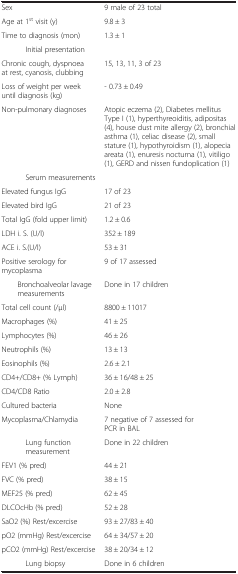
|  |  |
 | --- | --- |
 | Sex | 9 male of 23 total |
 | Age at 1st visit (y) | 9.8 ± 3 |
 | Time to diagnosis (mon) | 1.3 ± 1 |
 | Initial presentation |  |
 | Chronic cough, dyspnoea at rest, cyanosis, clubbing | 15, 13, 11, 3 of 23 |
 | Loss of weight per week until diagnosis (kg) | - 0.73 ± 0.49 |
 | Non-pulmonary diagnoses | Atopic eczema (2), Diabetes mellitus Type I (1), hyperthyreoiditis, adipositas (4), house dust mite allergy (2), bronchial asthma (1), celiac disease (2), small stature (1), hypothyroidism (1), alopecia areata (1), enuresis nocturna (1), vitiligo (1), GERD and nissen fundoplication (1) |
 | Serum measurements |  |
 | Elevated fungus IgG | 17 of 23 |
 | Elevated bird IgG | 21 of 23 |
 | Total IgG (fold upper limit) | 1.2 ± 0.6 |
 | LDH i. S. (U/l) | 352 ± 189 |
 | ACE i. S.(U/l) | 53 ± 31 |
 | Positive serology for mycoplasma | 9 of 17 assessed |
 | Bronchoalveolar lavage measurements | Done in 17 children |
 | Total cell count (/μl) | 8800 ± 11017 |
 | Macrophages (%) | 41 ± 25 |
 | Lymphocytes (%) | 46 ± 26 |
 | Neutrophils (%) | 13 ± 13 |
 | Eosinophils (%) | 2.6 ± 2.1 |
 | CD4+/CD8+ (% Lymph) | 36 ± 16/48 ± 25 |
 | CD4/CD8 Ratio | 2.0 ± 2.8 |
 | Cultured bacteria | None |
 | Mycoplasma/Chlamydia | 7 negative of 7 assessed for PCR in BAL |
 | Lung function measurement | Done in 22 children |
 | FEV1 (% pred) | 44 ± 21 |
 | FVC (% pred) | 38 ± 15 |
 | MEF25 (% pred) | 62 ± 45 |
 | DLCOcHb (% pred) | 52 ± 28 |
 | SaO2 (%) Rest/excercise | 93 ± 27/83 ± 40 |
 | pO2 (mmHg) Rest/excercise | 64 ± 34/57 ± 20 |
 | pCO2 (mmHg) Rest/excercise | 38 ± 20/34 ± 12 |
 | Lung biopsy | Done in 6 children |